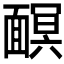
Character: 𩈹